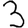
Digit: 3